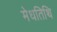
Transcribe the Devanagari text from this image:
मेधतिथि